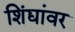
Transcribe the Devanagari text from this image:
शिंद्यांवर